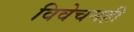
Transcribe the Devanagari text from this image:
विवेचनही